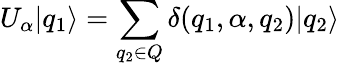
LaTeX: U_{\alpha}|q_{1}\rangle=\sum_{q_{2}\in Q}\delta(q_{1},\alpha,q_{2})|q_{2}\rangle